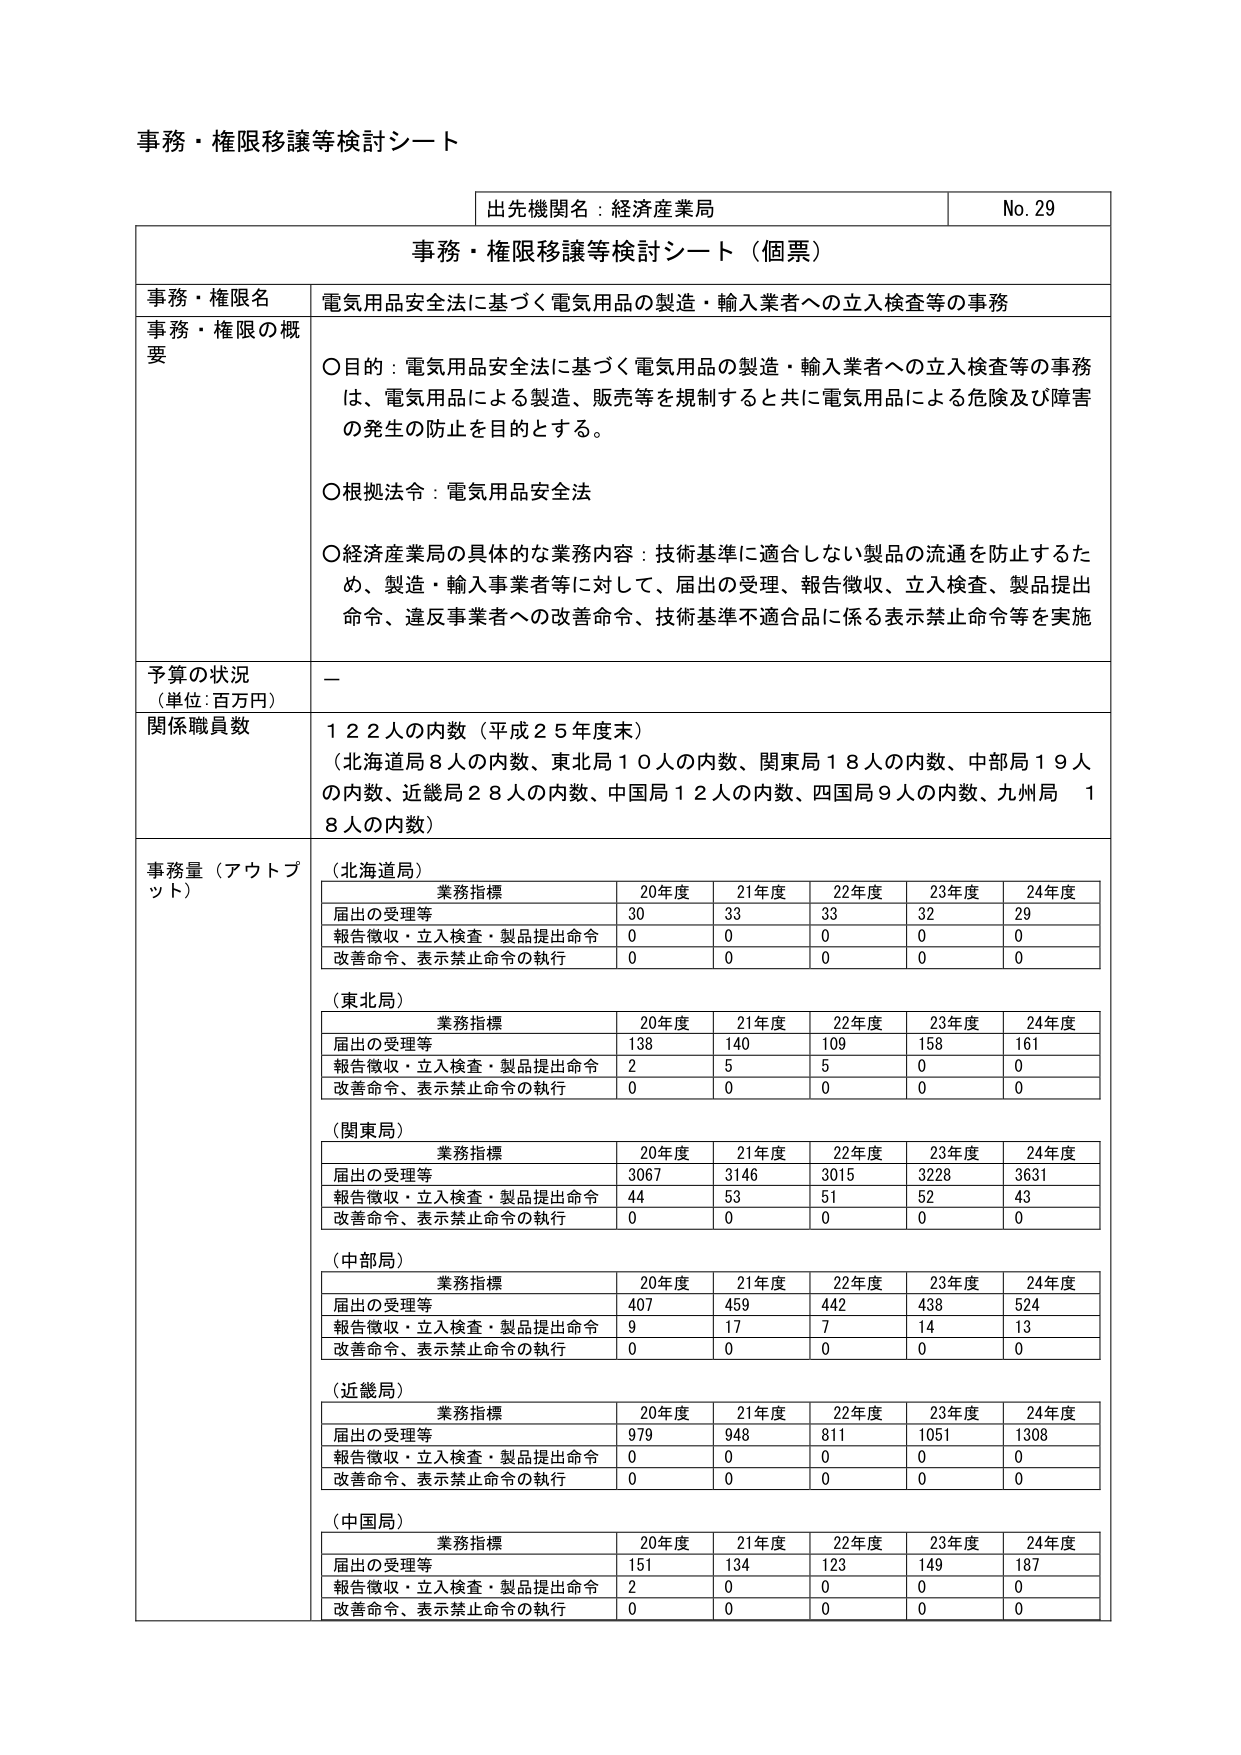
事務・権限移譲等検討シート

出先機関名：経済産業局